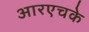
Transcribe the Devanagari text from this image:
आरएचके